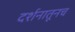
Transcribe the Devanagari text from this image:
दर्शनातूनच